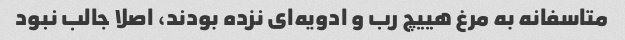
متاسفانه به مرغ هییچ رب و ادویه‌ای نزده بودند، اصلا جالب نبود